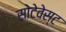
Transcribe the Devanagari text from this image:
सोटेवेस्ट